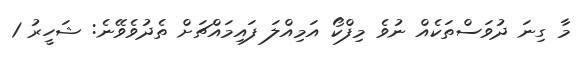
މާ ގިނަ ދުވަސްތަކެއް ނުވެ މިފްކޯ އަމިއްލަ ފައިމައްޗަށް ތެދުވެވޭނެ: ޝަހީރު 1